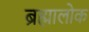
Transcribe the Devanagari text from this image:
ब्रह्मालोक